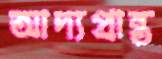
আদ্যপ্রান্ত